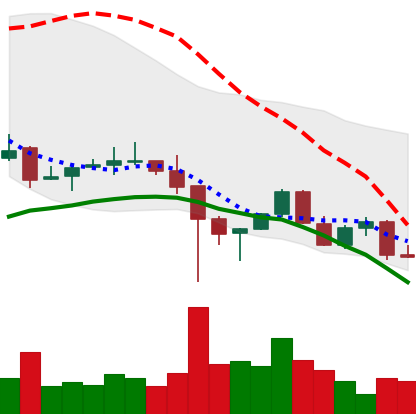
Ticker: LINK-USD
Chart end date: 2021-12-14
Forward return: 7.192%
Label: up_7plus